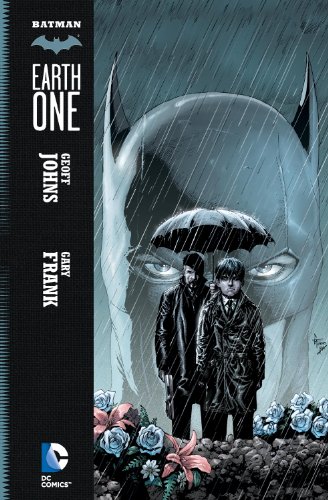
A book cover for Batman: Earth One; Geoff Johns; Comics & Graphic Novels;